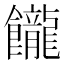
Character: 𩟭